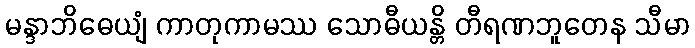
မန္ဒာဘိဓေယျံ ကာတုကာမဿ သောဓီယန္တိ တီရဏဘူတေန သီမာ